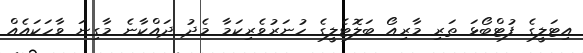
އިޓަލީގެ ފުޓްބޯޅަ ތަރި މާރިއޯ ބަލޮޓެލީގެ ހުނަރުވެރިކަމާ މެދު ދައްކާނެ މާގިނަ ވާހަކައެއް